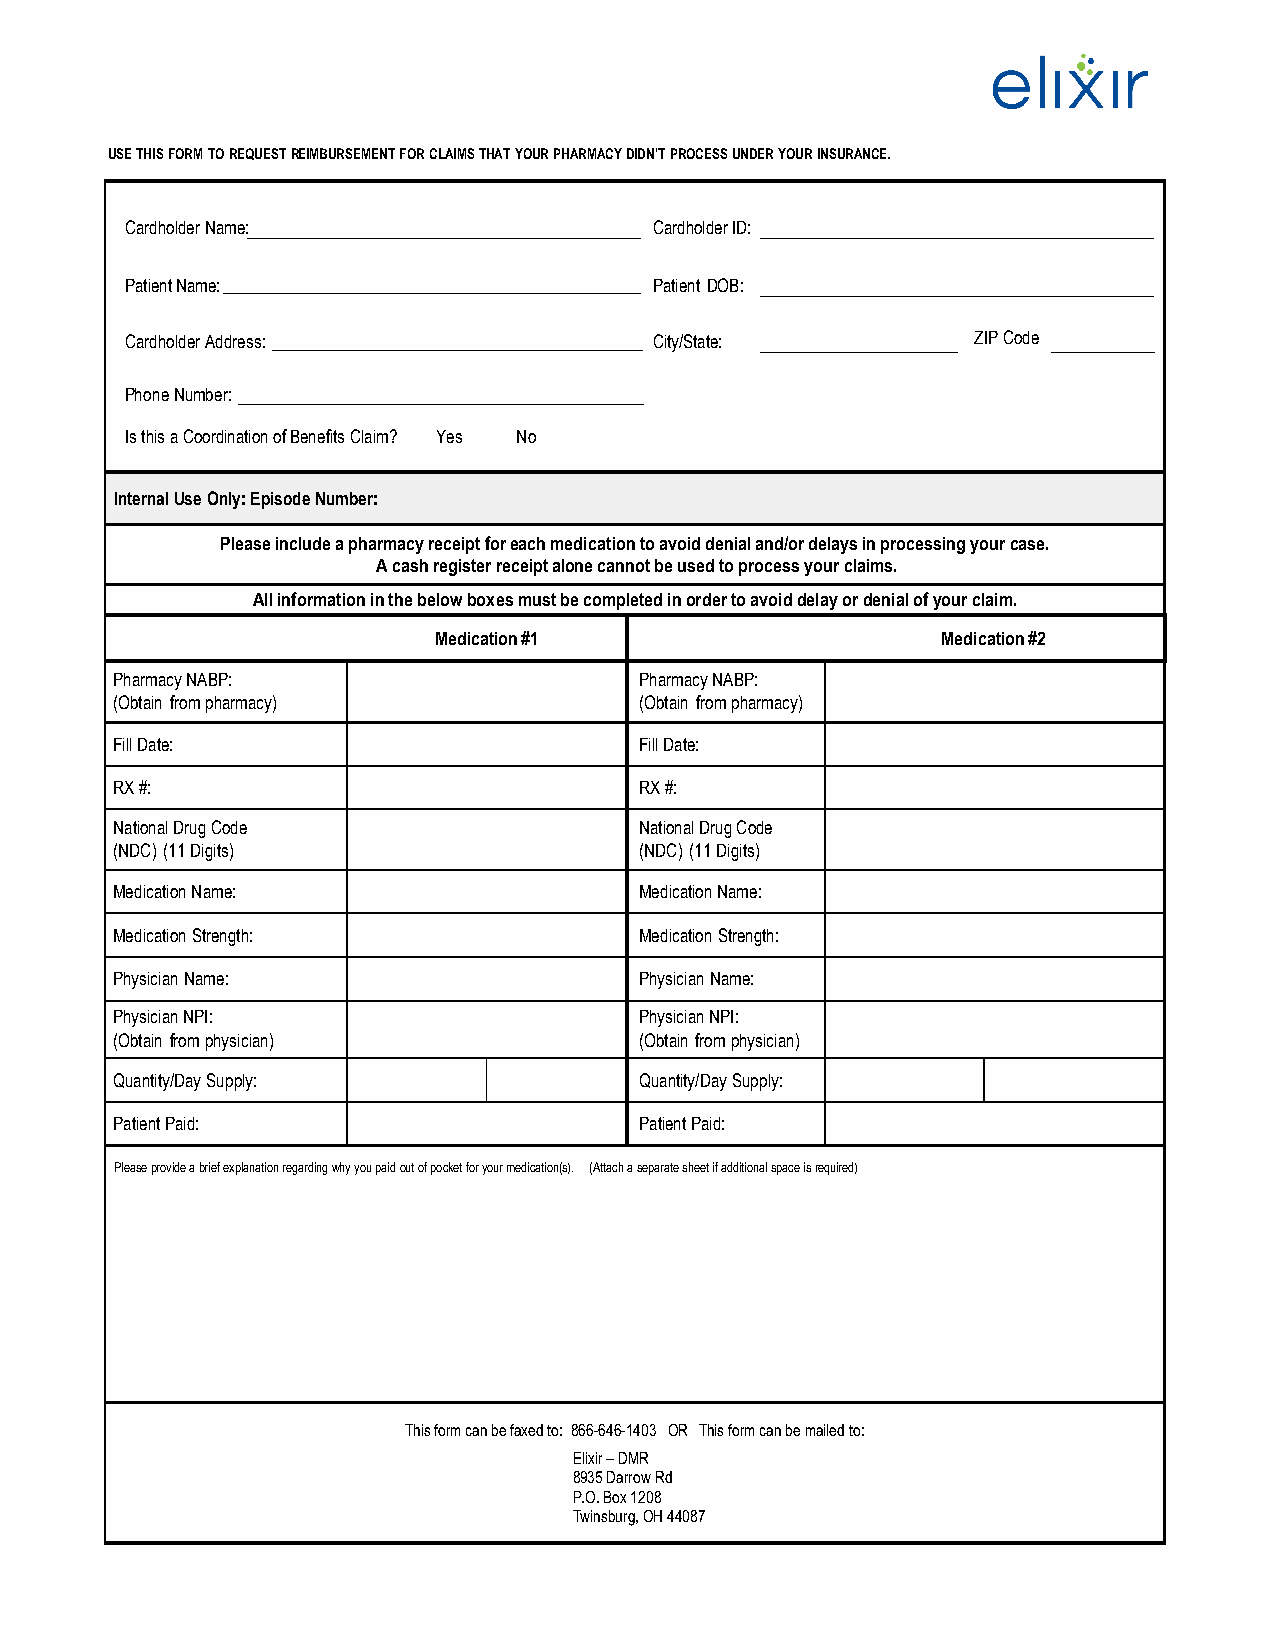
USE THIS FORM TO REQUEST REIMBURSEMENT FOR CLAIMS THAT YOUR PHARMACY DIDN'T PROCESS UNDER YOUR INSURANCE.
 Cardholder Name:                   Cardholder ID:
 Patient Name:                      Patient DOB:
 Cardholder Address:                City/State:           ZIP Code
 Phone Number:
 Is this a Coordination of Benefits Claim? Yes No
 Internal Use Only: Episode Number:
 Please include a pharmacy receipt for each medication to avoid denial and/or delays in processing your case.
 A cash register receipt alone cannot be used to process your claims.
 All information in the below boxes must be completed in order to avoid delay or denial of your claim.
 Medication #1                    Medication #2
 Pharmacy NABP:                     Pharmacy NABP:
 (Obtain from pharmacy)             (Obtain from pharmacy)
 Fill Date:                         Fill Date:
 RX #:                              RX #:
 National Drug Code                 National Drug Code
 (NDC) (11 Digits)                  (NDC) (11 Digits)
 Medication Name:                   Medication Name:
 Medication Strength:               Medication Strength:
 Physician Name:                    Physician Name:
 Physician NPI:                     Physician NPI:
 (Obtain from physician)            (Obtain from physician)
 Quantity/Day Supply:               Quantity/Day Supply:
 Patient Paid:                      Patient Paid:
 Please provide a brief explanation regarding why you paid out of pocket for your medication(s). (Attach a separate sheet if additional space is required)
 This form can be faxed to: 866-646-1403 OR This form can be mailed to:
 Elixir – DMR
 8935 Darrow Rd
 P.O. Box 1208
 Twinsburg, OH 44087